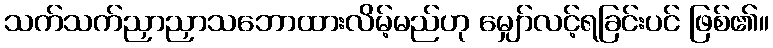
သက်သက်ညှာညှာသဘောထားလိမ့်မည်ဟု မျှော်လင့်ရခြင်းပင် ဖြစ်၏။